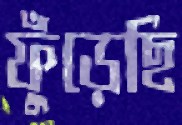
ফুঁড়েছি